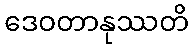
ဒေဝတာနုဿတိ